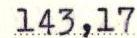
143,17